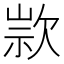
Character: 𣣗